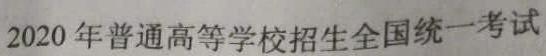
2020年普通高等学校招生全国统一考试